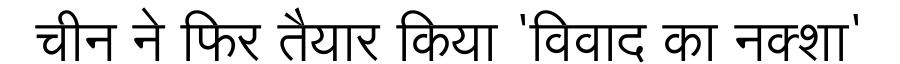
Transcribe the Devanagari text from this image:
चीन ने फिर तैयार किया 'विवाद का नक्शा'